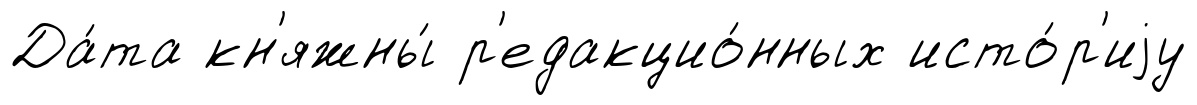
Да́та кн'яжны́ р'едакцио́нных исто́р'иjу